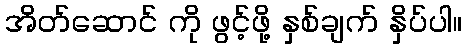
အိတ်ဆောင် ကို ဖွင့်ဖို့ နှစ်ချက် နှိပ်ပါ။